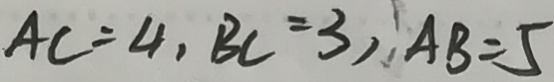
A C = 4 , B C = 3 , A B = 5